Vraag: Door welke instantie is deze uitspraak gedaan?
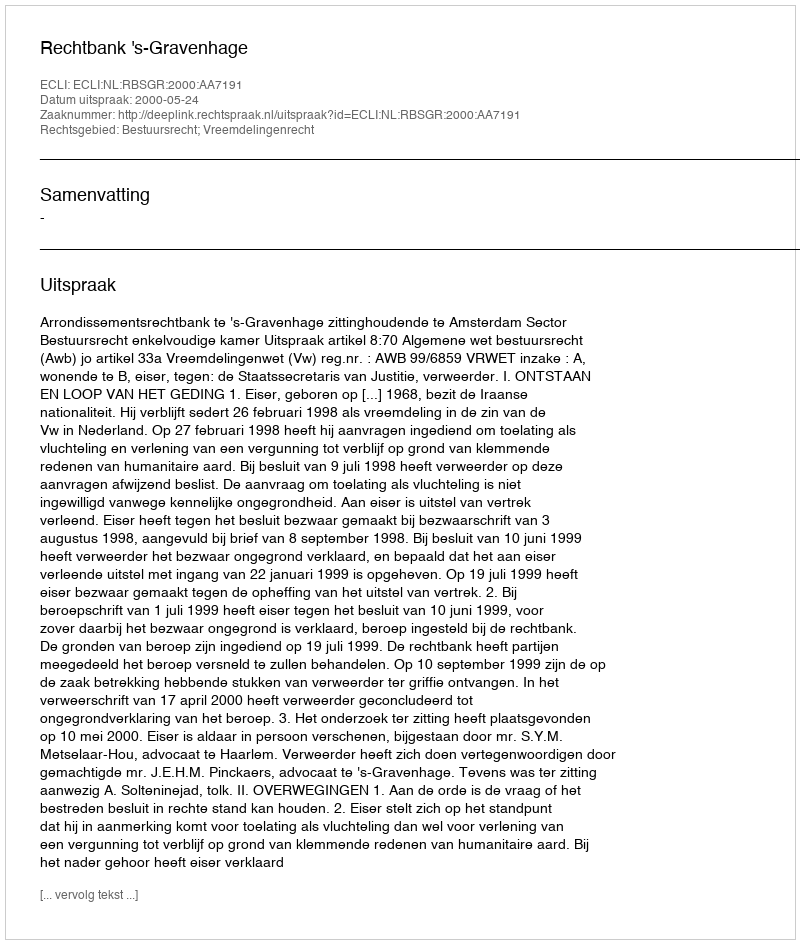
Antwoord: Rechtbank 's-Gravenhage